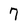
Character: 7